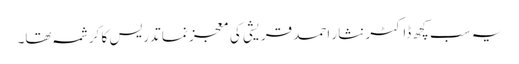
یہ سب کچھ ڈاکٹر نثار احمد قریشی کی معجز نما تدریس کا کرشمہ تھا۔